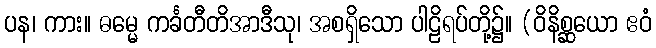
ပန၊ ကား။ ဓမ္မေ ကင်္ခတီတိအာဒီသု၊ အစရှိသော ပါဠိရပ်တို့၌။ (ဝိနိစ္ဆယော ဧဝံ